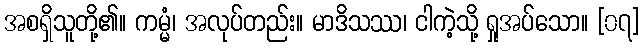
အစရှိသူတို့၏။ ကမ္မံ၊ အလုပ်တည်း။ မာဒိသဿ၊ ငါကဲ့သို့ ရှုအပ်သော။ [၀၇]